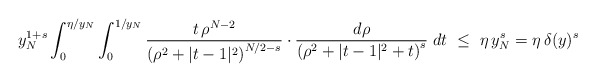
\begin{align*}y_N^{1+s}\int_0^{\eta/y_N}\int_0^{1/y_N}\frac{t\,\rho^{N-2}}{\left(\rho^2+|t-1|^2\right)^{N/2-s}}\cdot\frac{d\rho}{\left(\rho^2+|t-1|^2+t\right)^s}\;dt\ \leq\ \eta\,y_N^s=\eta\,\delta(y)^s\end{align*}